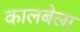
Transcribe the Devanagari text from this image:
कालबेला